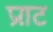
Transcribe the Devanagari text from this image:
प्रग़ट